Riigikantselei, lk 17
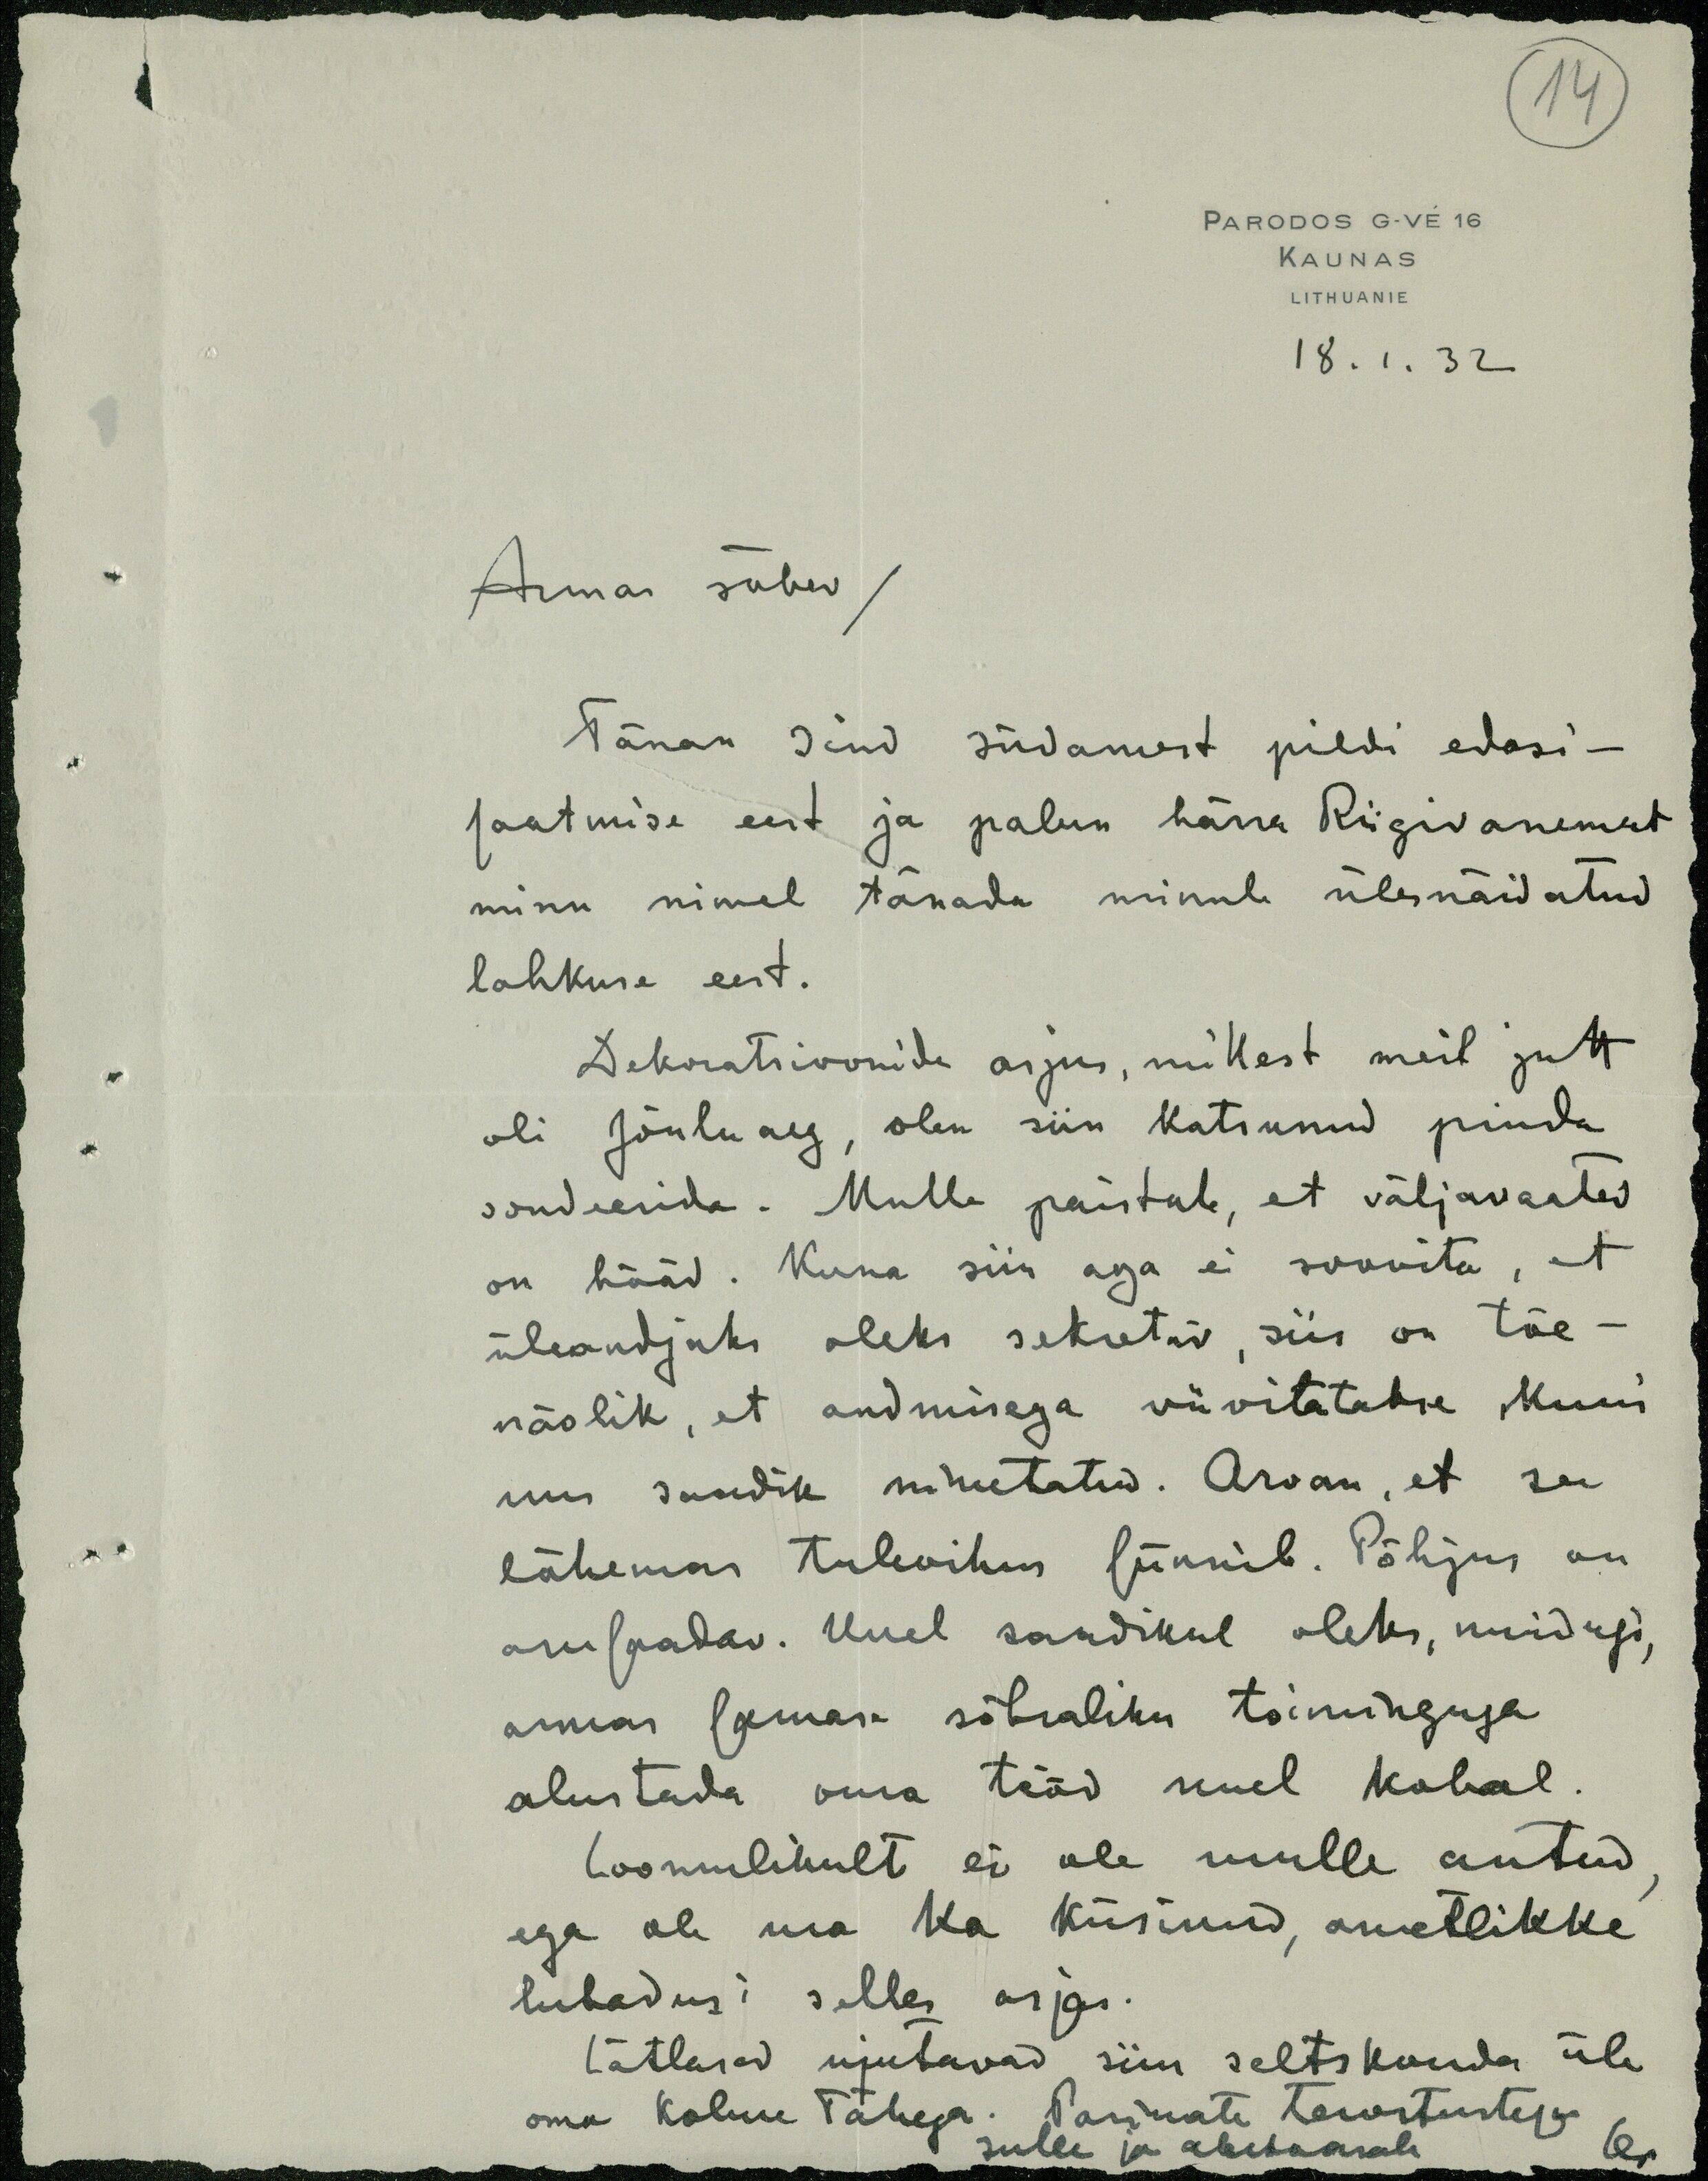
14
PARODOS G-VÉ 16
KAUNAS
LITHUANIE
18. 1. 32
Armas sõber /
Tänan Sind südamest pildi edasi-
saatmise eest ja palun härra Riigivanemat
minu nimel tänada minule ülesnäidatud
lahkuse eest.
Dekoratsioonide asjus, millest meil jutt
oli Jõulu aeg, olen siin katsunud pinda
sondeerida. Mulle paistab, et väljavaated
on hääd. Kuna siin aga ei soovita, et
üleandjaks oleks sekretär, siis on tõe-
näolik, et andmisega viivitatakse kuni
uus saadik nimetatud. Arvan, et see
lähemas tulevikus sünnib. Põhjus on
arusaadav. Uuel saadikul oleks, muidugi,
armas samas  sõbraliku toiminguga
alustada oma tööd uuel kohal
Loomulikult ei ole mulle antud
ega ole ma ka küsinud, ametlikke
lubadusi selles asjas.
Lätlased ujutavad siin seltskonda üle
oma kolme Tähega. Parimate tervitustega
sulle ja abikaasale